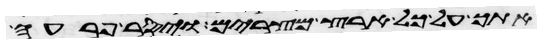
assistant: אתך על כל ארץ מצרים ויסר פרעה